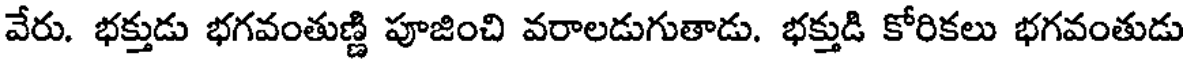
వేరు. భక్తుడు భగవంతుణ్ణి పూజించి వరాలడుగుతాడు. భక్తుడి కోరికలు భగవంతుడు